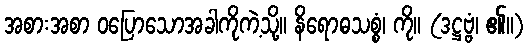
အစားအစာ ဝပြောသောအခါကိုကဲ့သို့။ နိရောဓသစ္စံ၊ ကို။ (ဒဋ္ဌဗ္ဗံ၊ ၏။)